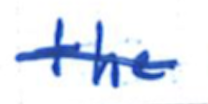
Text: the
Cross-out: single-line
Writing tool: ballpoint